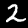
Digit: 2